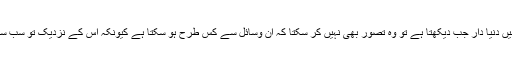
باوجود کمی ٔ وسائل کے، جس کاآج کے دور میں دنیا دار جب دیکھتا ہے تو وہ تصور بھی نہیں کر سکتا کہ ان وسائل سے کس طرح ہو سکتا ہے کیونکہ اس کے نزدیک تو سب سے پہلے انسان کے لئے بے انتہا وسائل چاہئیں۔